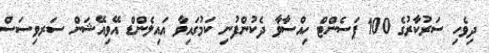
ދިވެހި ސަރުކާރުގެ 100 ޕަސެންޓް ހިއްސާވާ ދެކުންފުނި ކަމުގައިވާ އައިލެންޑް އޭވިއޭޝަން ސަރވިސަސް